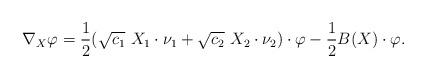
LaTeX: \begin{align*}\nabla_X \varphi = \frac{1}{2} (\sqrt{c_1}\ X_1 \cdot \nu_1 + \sqrt{c_2}\ X_2 \cdot \nu_2)\cdot\varphi - \frac{1}{2}B(X)\cdot \varphi.\end{align*}